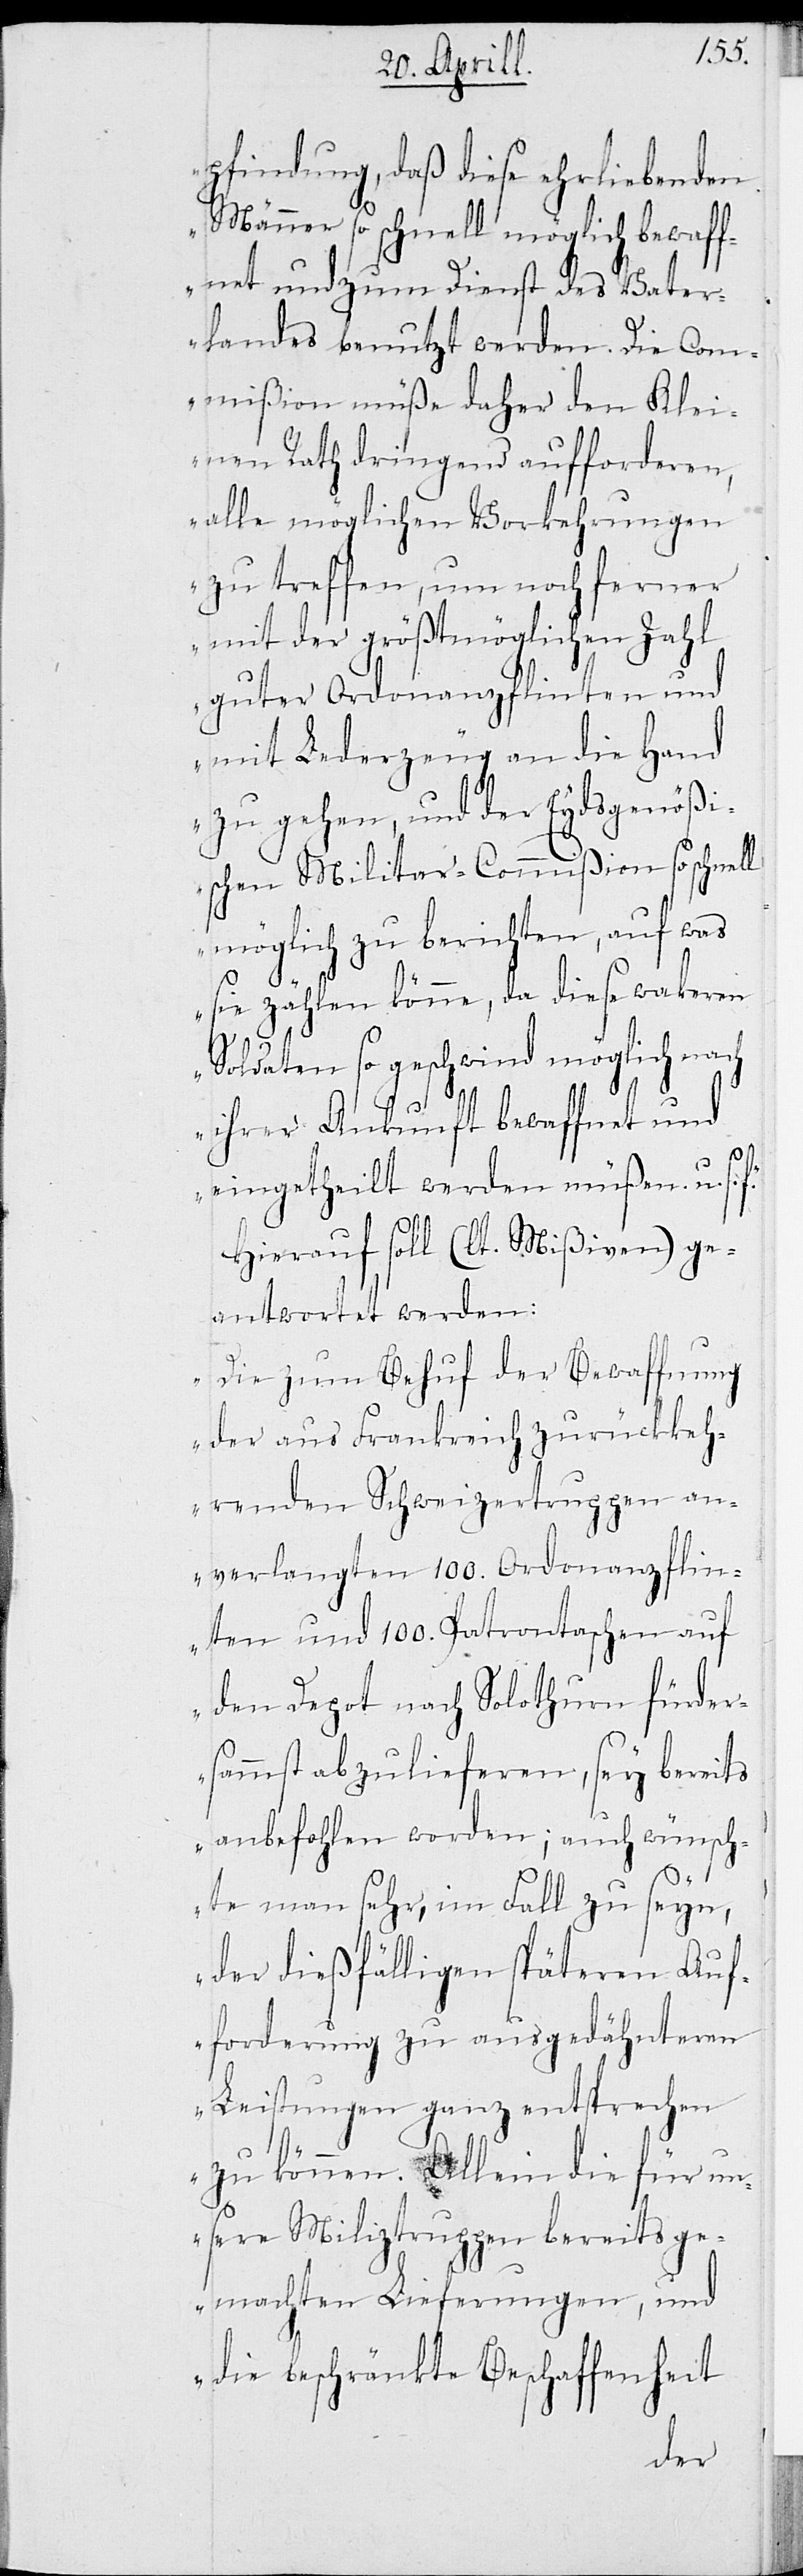
pfindung, daß diese ehrliebenden
Männer so schnell möglich bewaff¬
net und zum Dienst des Vater¬
landes benutzt werden. Die Com¬
mißion müße daher den Klei¬
nen Rath dringend aufforderen,
alle möglichen Vorkehrungen
zu treffen, um noch ferner
mit der größtmöglichen Zahl
guter Ordonanzflinten und
mit Lederzeug an die Hand
zu gehen, und der Eydsgenößi¬
schen Militar-Commißion so schnell
möglich zu berichten, auf was
sie zählen könne, da diese wakeren
Soldaten so geschwind möglich nach
ihrer Ankunft bewaffnet und
eingetheilt werden müßen. u.s.f.“
Hierauf soll (lt. Mißiven) ge¬
antwortet werden:
„Die zum Behuf der Bewaffnung
der aus Frankreich zurückkeh¬
renden Schweizertruppen an¬
verlangten 100. Ordonanzflin¬
ten und 100. Patrontaschen auf
dem Depot nach Solothurn fürder¬
sammt abzuliefern, sey bereits
anbefohlen worden; auch wünsch¬
te man sehr, im Fall zu seyn,
der dießfälligen späteren Auf¬
forderung zu ausgedähnteren
Leistungen ganz entsprechen
zu können. Allein die für un¬
sere Miliztruppen bereits ge¬
machten Lieferungen, und
die beschränkte Beschaffenheit